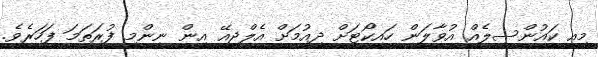
މިއީ ކައުންސިލެއް އުވާލަން ހައިކޯޓަށް ދިއުމަށް އެލްޖީއޭ އިން ނިންމި ފުރަތަމަ ފަހަރެވެ.